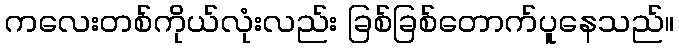
ကလေးတစ်ကိုယ်လုံးလည်း ခြစ်ခြစ်တောက်ပူနေသည်။